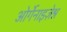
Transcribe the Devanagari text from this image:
ओर्गेनाइज़ेश्न